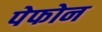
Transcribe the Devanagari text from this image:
पेफोन